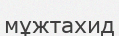
мұжтахид